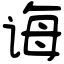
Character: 诲